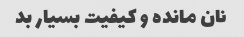
نان مانده و کیفیت بسیار بد